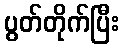
ပွတ်တိုက်ပြီး